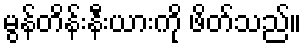
မွန်တိန်းနီးယားကို ဖိတ်သည်။